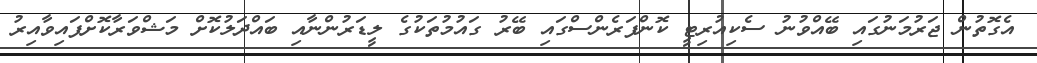
އެގޮތުން ޖަރުމަނުގައި ބޭއްވުނު ސެކިއުރިޓީ ކޮންފަރެންސްގައި ބޭރު ގައުމުތަކުގެ ލީޑަރުންނާއި ބައްދަލުކޮށް މަޝްވަރާކޮށްފައިވާއިރު